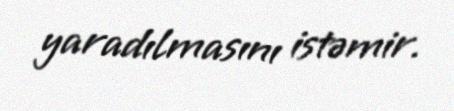
yaradılmasını istəmir.